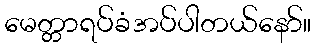
မေတ္တာရပ်ခံအပ်ပါတယ်နော်။